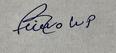
Signature authenticity: forged